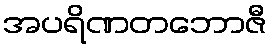
အပရိဏတဘောဇီ